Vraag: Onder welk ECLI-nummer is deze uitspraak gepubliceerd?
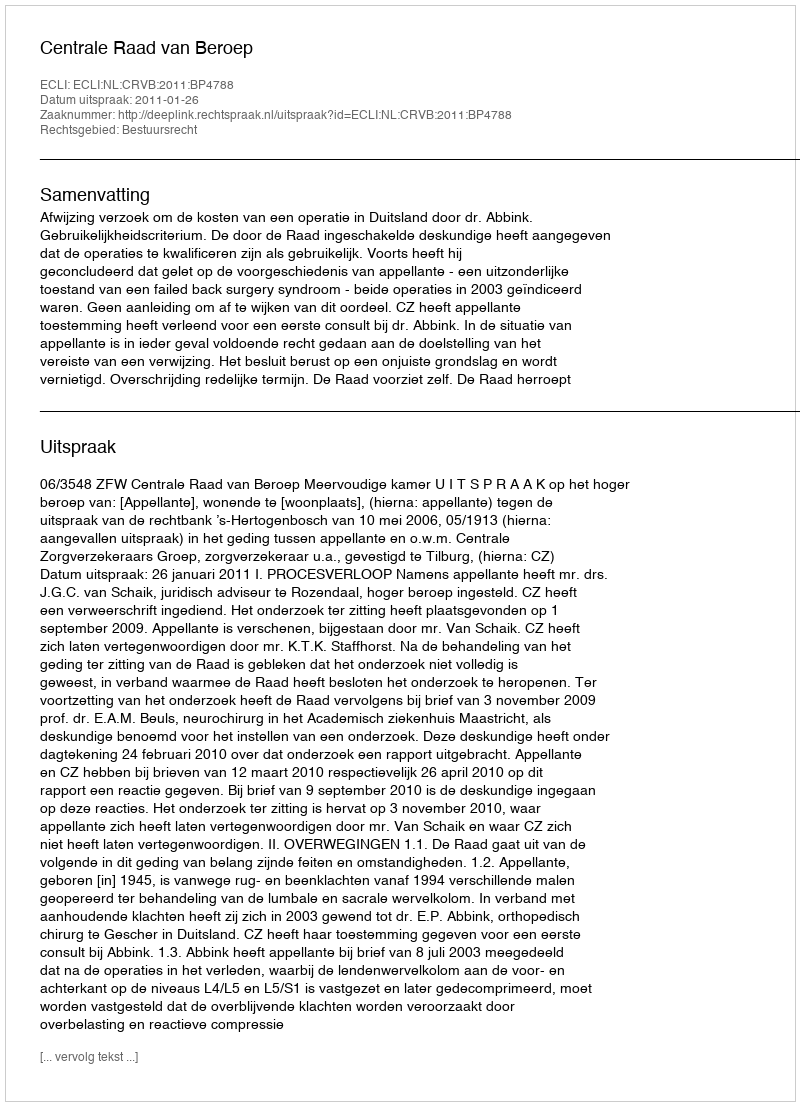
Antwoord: ECLI:NL:CRVB:2011:BP4788